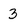
Character: 3